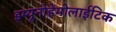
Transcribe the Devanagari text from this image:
इम्यूनोहेमोलाईटिक